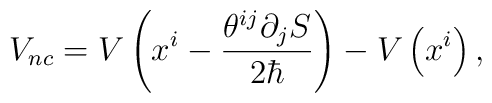
V_{nc}=V\left(  x^{i}-\frac{\theta^{ij}\partial_{j}S}{2\hbar}\right)-V\left(  x^{i}\right)  ,